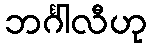
ဘင်္ဂါလီဟု